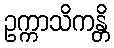
ဥက္ကာသိကန္တိ